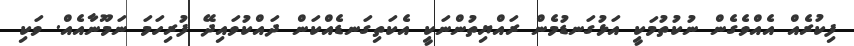
ފިކުރެއް އެއްވެގެން ނުކުތުމަކީ އަޅުގަނޑުމެން ރައްޔިތުންނަކީ އެކަތިގަނޑެއްކަން ދައްކުވައިދޭ ފުރިހަމަ ނަމޫނާއެއް. ވަކި